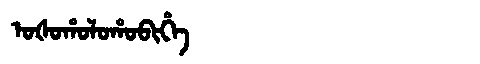
Manchu: ᠣᡧᠣᡥᠣᠯᠣᡥᠣᠪᡳᡥᡝ
Romanization: OŠOHOLOHOBIHE